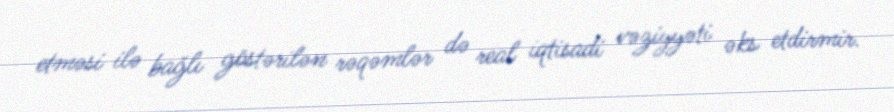
etməsi ilə bağlı göstərilən rəqəmlər də real iqtisadi vəziyyəti əks etdirmir.